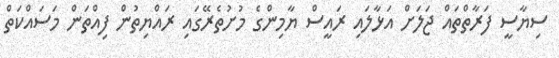
ސިޔާސީ ފަރާތްތައް ޖަލަށް އަޅާލައި ރައީސް ޔާމިންގެ މުށުތެރޭގައި ރައްޔިތުން ފިއްތަން މަސައްކަތް